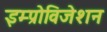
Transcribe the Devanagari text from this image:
इम्प्रोविजेशन